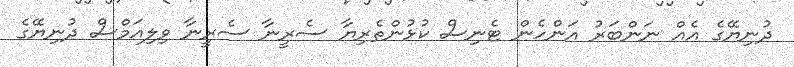
ދުނިޔޭގެ އެއް ނަންބަރު އަންހެން ޓެނިސް ކުޅުންތެރިޔާ ސެރީނާ ސެރީނާ ވިލިއަމްސް ދުނިޔޭގެ